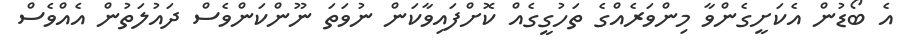
އެ ބޯޑުން އެކަށީގެންވާ މިންވަރެއްގެ ތަހުގީގެއް ކޮށްފައިވާކަން ނުވަތަ ނޫންކަންވެސް ދައުލަތުން އެއްވެސް